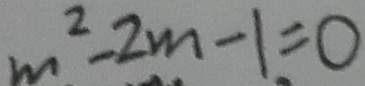
m ^ { 2 } - 2 m - 1 = 0